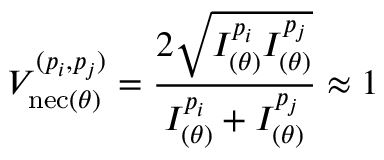
V _ { \mathrm { n e c } ( \theta ) } ^ { ( p _ { i } , p _ { j } ) } = \frac { 2 \sqrt { I _ { ( \theta ) } ^ { p _ { i } } I _ { ( \theta ) } ^ { p _ { j } } } } { I _ { ( \theta ) } ^ { p _ { i } } + I _ { ( \theta ) } ^ { p _ { j } } } \approx 1